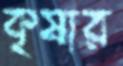
কৃষার